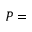
P =